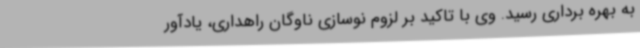
به بهره برداری رسید. وی با تاکید بر لزوم نوسازی ناوگان راهداری، یادآور